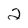
Character: 2